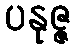
ပနုဇ္ဇ